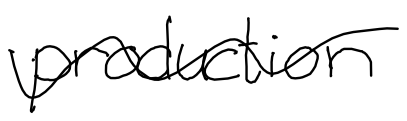
Text: production
Cross-out: wave
Writing tool: digital_black